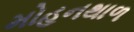
મોહનથાળ